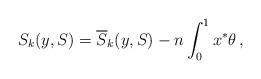
LaTeX: \begin{align*}S_k(y,S)=\overline{S}_k(y,S)-n\int_0^1x^*\theta\,,\end{align*}